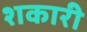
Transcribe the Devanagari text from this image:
शकारी